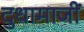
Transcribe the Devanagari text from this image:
दुधामाजीं